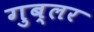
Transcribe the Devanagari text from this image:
गुब्लर